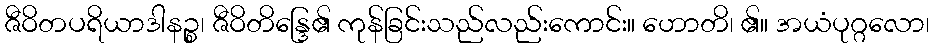
ဇီဝိတပရိယာဒါနဉ္စ၊ ဇီဝိတိန္ဒြေ၏ ကုန်ခြင်းသည်လည်းကောင်း။ ဟောတိ၊ ၏။ အယံပုဂ္ဂလော၊